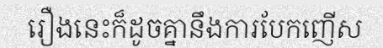
រឿងនេះក៏ដូចគ្នានឹងការបែកញើស